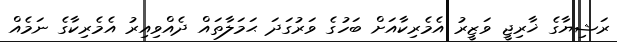
ރަޝިޔާގެ ޚާރިޖީ ވަޒީރު އެމެރިކާއަށް ބަހުގެ ވަރުގަދަ ޙަމަލާތައް ދެއްވިއިރު އެމެރިކާގެ ނަމެއް